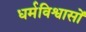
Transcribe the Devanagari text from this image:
धर्मविश्वासों